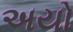
અયો